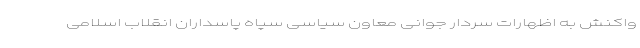
واکنش به اظهارات سردار جوانی معاون سیاسی سپاه پاسداران انقلاب اسلامی